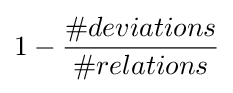
1-{\frac {\#deviations}{\#relations}}